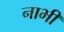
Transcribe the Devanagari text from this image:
नाभीं